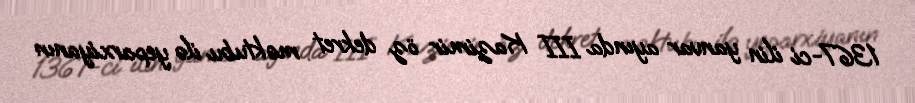
1367-ci ilin yanvar ayında III Kazimir öz dekret məktubu ilə yeparxiyanın